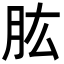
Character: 肱